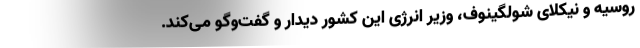
روسیه و نیکلای شولگینوف، وزیر انرژی این کشور دیدار و گفت‌وگو می‌کند.